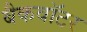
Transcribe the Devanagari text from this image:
बैकवॉटर